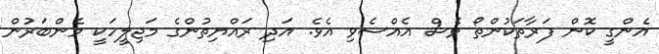
އެންގީ ކޮން ފަރާތަކުންތޯ ވެސް އެއްސެވި އެވެ. އަދި ރައްޔިތުންގެ މަޖިލީހަކީ މެންބަރުން